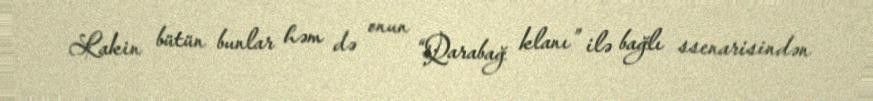
Lakin bütün bunlar həm də onun “Qarabağ klanı” ilə bağlı ssenarisindən